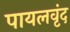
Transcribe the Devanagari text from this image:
पायलवृंद